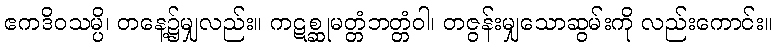
ဧကဒိဝသမ္ပိ၊ တနေ့၌မျှလည်း။ ကဋစ္ဆုမတ္တံဘတ္တံဝါ၊ တဇွန်းမျှသောဆွမ်းကို လည်းကောင်း။